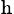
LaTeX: _\mathrm{h}